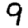
Digit: 9